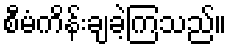
စီမံကိန်းချခဲ့ကြသည်။